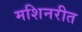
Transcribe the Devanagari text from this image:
मशिनरीत